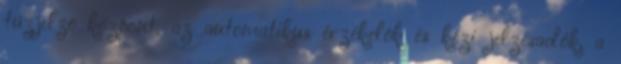
tûzjelzõ központ, az automatikus érzékelõk és kézi jelzésadók, a